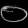
Digit: ၀